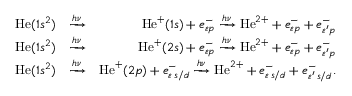
\begin{array} { r l r } { \mathrm { H e } ( 1 s ^ { 2 } ) } & { \xrightarrow { h \nu } } & { \mathrm { H e } ^ { + } ( 1 s ) + e _ { \varepsilon { p } } ^ { - } \xrightarrow { h \nu } \mathrm { H e } ^ { 2 + } + e _ { \varepsilon { p } } ^ { - } + e _ { \varepsilon ^ { \prime } p } ^ { - } } \\ { \mathrm { H e } ( 1 s ^ { 2 } ) } & { \xrightarrow { h \nu } } & { \mathrm { H e } ^ { + } ( 2 s ) + e _ { \varepsilon { p } } ^ { - } \xrightarrow { h \nu } \mathrm { H e } ^ { 2 + } + e _ { \varepsilon { p } } ^ { - } + e _ { \varepsilon ^ { \prime } p } ^ { - } } \\ { \mathrm { H e } ( 1 s ^ { 2 } ) } & { \xrightarrow { h \nu } } & { \mathrm { H e } ^ { + } ( 2 p ) + e _ { \varepsilon \, { s / d } } ^ { - } \xrightarrow { h \nu } \mathrm { H e } ^ { 2 + } + e _ { \varepsilon \, { s / d } } ^ { - } + e _ { \varepsilon ^ { \prime } \, { s / d } } ^ { - } . } \end{array}